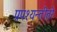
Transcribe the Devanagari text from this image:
प्रपश्यन्तीतरे